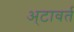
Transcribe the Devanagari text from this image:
अ्टावर्त